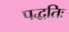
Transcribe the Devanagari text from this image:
पद्धतिः